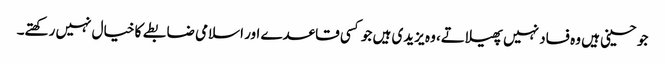
جو حسینی ہیں وہ فساد نہیں پھیلاتے، وہ یزیدی ہیں جو کسی قاعدے اور اسلامی ضابطے کا خیال نہیں رکھتے۔